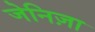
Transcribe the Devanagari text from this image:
जेनिज़ा